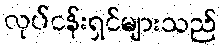
လုပ်ငန်းရှင်များသည်